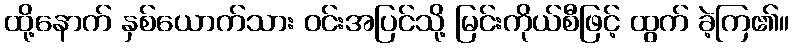
ထို့နောက် နှစ်ယောက်သား ဝင်းအပြင်သို့ မြင်းကိုယ်စီဖြင့် ထွက် ခဲ့ကြ၏။